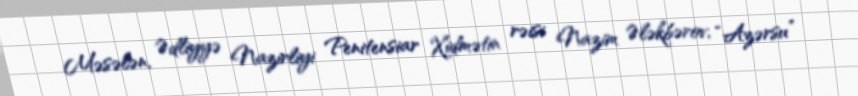
Məsələn, Ədliyyə Nazirliyi Penitensiar Xidmətin rəisi Nazim Ələkbərov, “Azərsu”